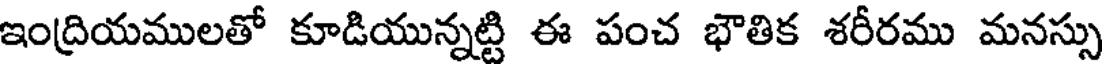
ఇంద్రియములతో కూడియున్నట్టి ఈ పంచ భౌతిక శరీరము మనస్సు